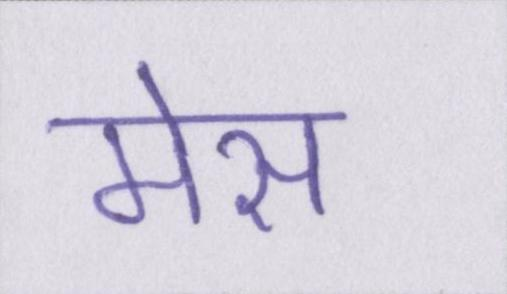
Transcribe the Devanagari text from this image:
मेस